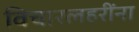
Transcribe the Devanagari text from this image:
विचारलहरींना